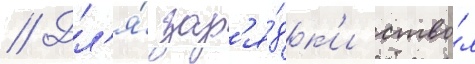
// Дл'я́ зар'я́дк'и ство́л